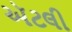
ઍટલી